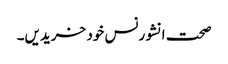
صحت انشورنس خود خریدیں۔